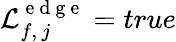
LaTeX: \mathcal{L}_{f,\, j}^{\mathrm{~e~d~g~e~}}=true